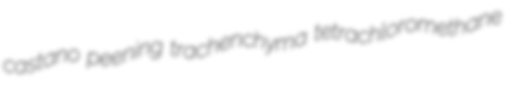
castano peening trachenchyma tetrachloromethane